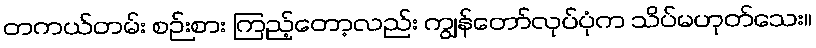
တကယ်တမ်း စဉ်းစား ကြည့်တော့လည်း ကျွန်တော်လုပ်ပုံက သိပ်မဟုတ်သေး။